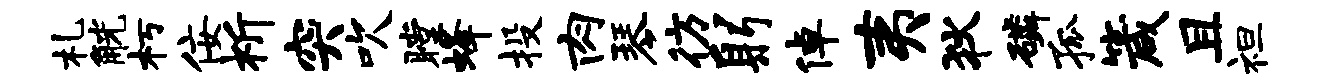
札觥朽佞祈突吹瞠蜂投肉琴彷躬倬夷狄磷孤箴且袒